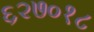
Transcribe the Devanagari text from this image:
६२७०१८